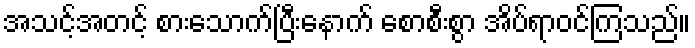
အသင့်အတင့် စားသောက်ပြီးနောက် စောစီးစွာ အိပ်ရာဝင်ကြသည်။